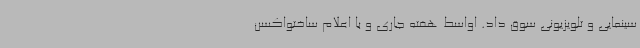
سینمایی و تلویزیونی سوق داد. اواسط هفته جاری و با اعلام ساختواکسن